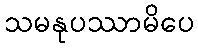
သမနုပဿာမိပေ